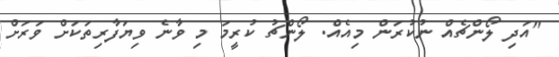
"އަދި ލޯންޗެއް ނުކުރަން މިއެއް. ލޯންޗު ކުރީމަ މި ވާނެ ވިޔަފާރިތަކަށް ވަރަށް